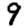
Digit: 9